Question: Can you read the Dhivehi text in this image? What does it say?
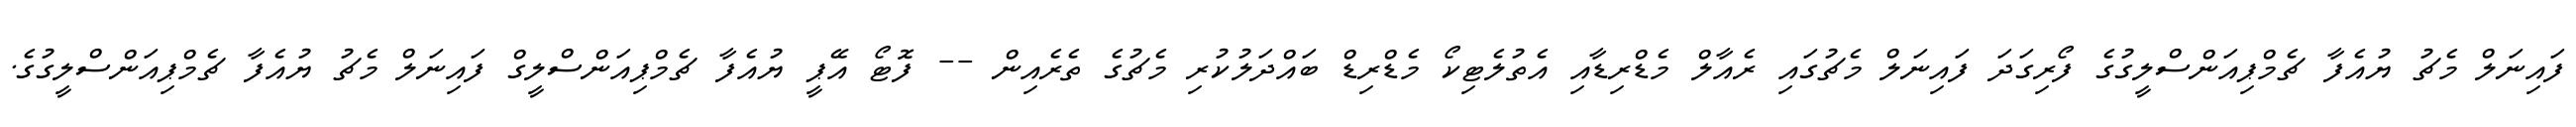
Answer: ފައިނަލް މެޗު ޔުއެފާ ޗެމްޕިއަންސްލީގުގެ ފޯރިގަދަ ފައިނަލް މެޗުގައި ރެއާލް މެޑްރިޑާއި އެތުލެޓިކޯ މެޑްރިޑް ބައްދަލުކުރި މެޗުގެ ތެރެއިން -- ފޮޓޯ އޭޕީ ޔުއެފާ ޗެމްޕިއަންސްލީގް ފައިނަލް މެޗު ޔުއެފާ ޗެމްޕިއަންސްލީގުގެ.